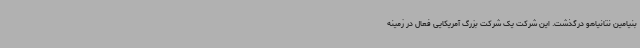
بنیامین نتانیاهو درگذشت. این شرکت یک شرکت بزرگ آمریکایی فعال در زمینه